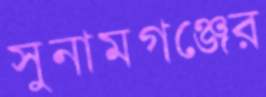
সুনামগঞ্জের